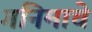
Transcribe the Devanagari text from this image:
गनिमाचे